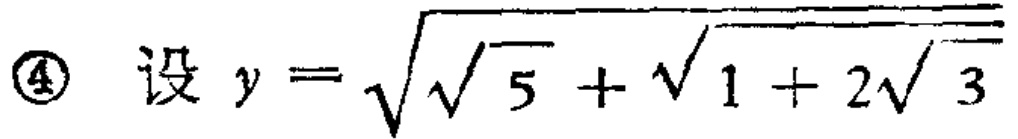
\textcircled{4} 设 \(y = \sqrt{\sqrt{5}+\sqrt{1 + 2\sqrt{3}}}\)